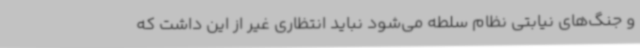
و جنگ‌های نیابتی نظام سلطه می‌شود نباید انتظاری غیر از این داشت که